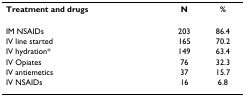
<table><thead><tr><td><b>Treatment and drugs</b></td><td><b>N</b></td><td><b>%</b></td></tr></thead><tbody><tr><td>IM NSAIDs</td><td>203</td><td>86.4</td></tr><tr><td>IV line started</td><td>165</td><td>70.2</td></tr><tr><td>IV hydration*</td><td>149</td><td>63.4</td></tr><tr><td>IV Opiates</td><td>76</td><td>32.3</td></tr><tr><td>IV antiemetics</td><td>37</td><td>15.7</td></tr><tr><td>IV NSAIDs</td><td>16</td><td>6.8</td></tr></tbody></table>